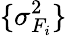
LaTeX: \{ \sigma_{F_{i}}^{2}\}